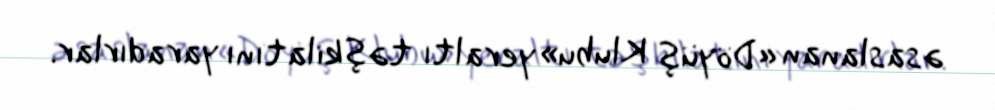
əsaslanan «Döyüş Klubu» yeraltı təşkilatını yaradırlar.